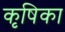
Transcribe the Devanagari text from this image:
कृषिका